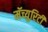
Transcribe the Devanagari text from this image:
मॅच्युरिटी